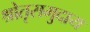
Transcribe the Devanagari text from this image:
श्रोतृसमुदाय